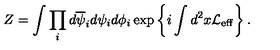
Z = \int \prod _ { i } d \overline { { \psi } } _ { i } d \psi _ { i } d \phi _ { i } \exp \left\{ i \int d ^ { 2 } x { \cal L } _ { \mathrm { e f f } } \right\} .